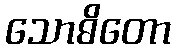
သောဓိတော